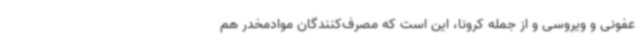
عفونی و ویروسی و از جمله کرونا، این است که مصرف‌کنندگان موادمخدر هم